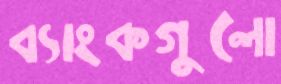
ব্যাংকগুলো